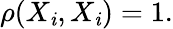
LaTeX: \rho(X_{\mathit{i}},X_{\mathit{i}})=1.